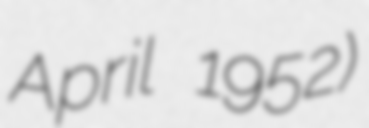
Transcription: April 1952)